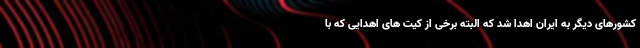
کشورهای دیگر به ایران اهدا شد که البته برخی از کیت های اهدایی که با